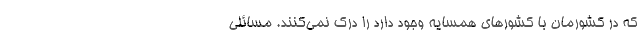
که در کشورمان با کشورهای همسایه وجود دارد را درک نمی‌کنند. مسائلی